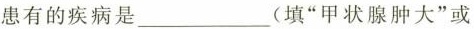
患有的疾病是___(填”甲状腺肿大”或